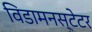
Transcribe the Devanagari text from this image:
विडामनस्टेटर